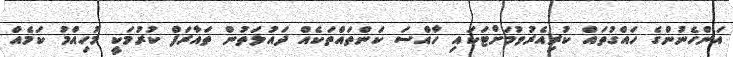
އަންހެނުންގެ ހައްގުތައް ކުރިއެރުވުމަށްޓަކައި ހާއްސަ ކަންތައްތަކެއް ދައުލަތުން ތައާރަފް ކުރުމަކީ މުހިއްމު ކަމެއް